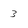
Character: 3